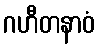
ဂဟီတနာဝံ